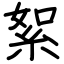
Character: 絮